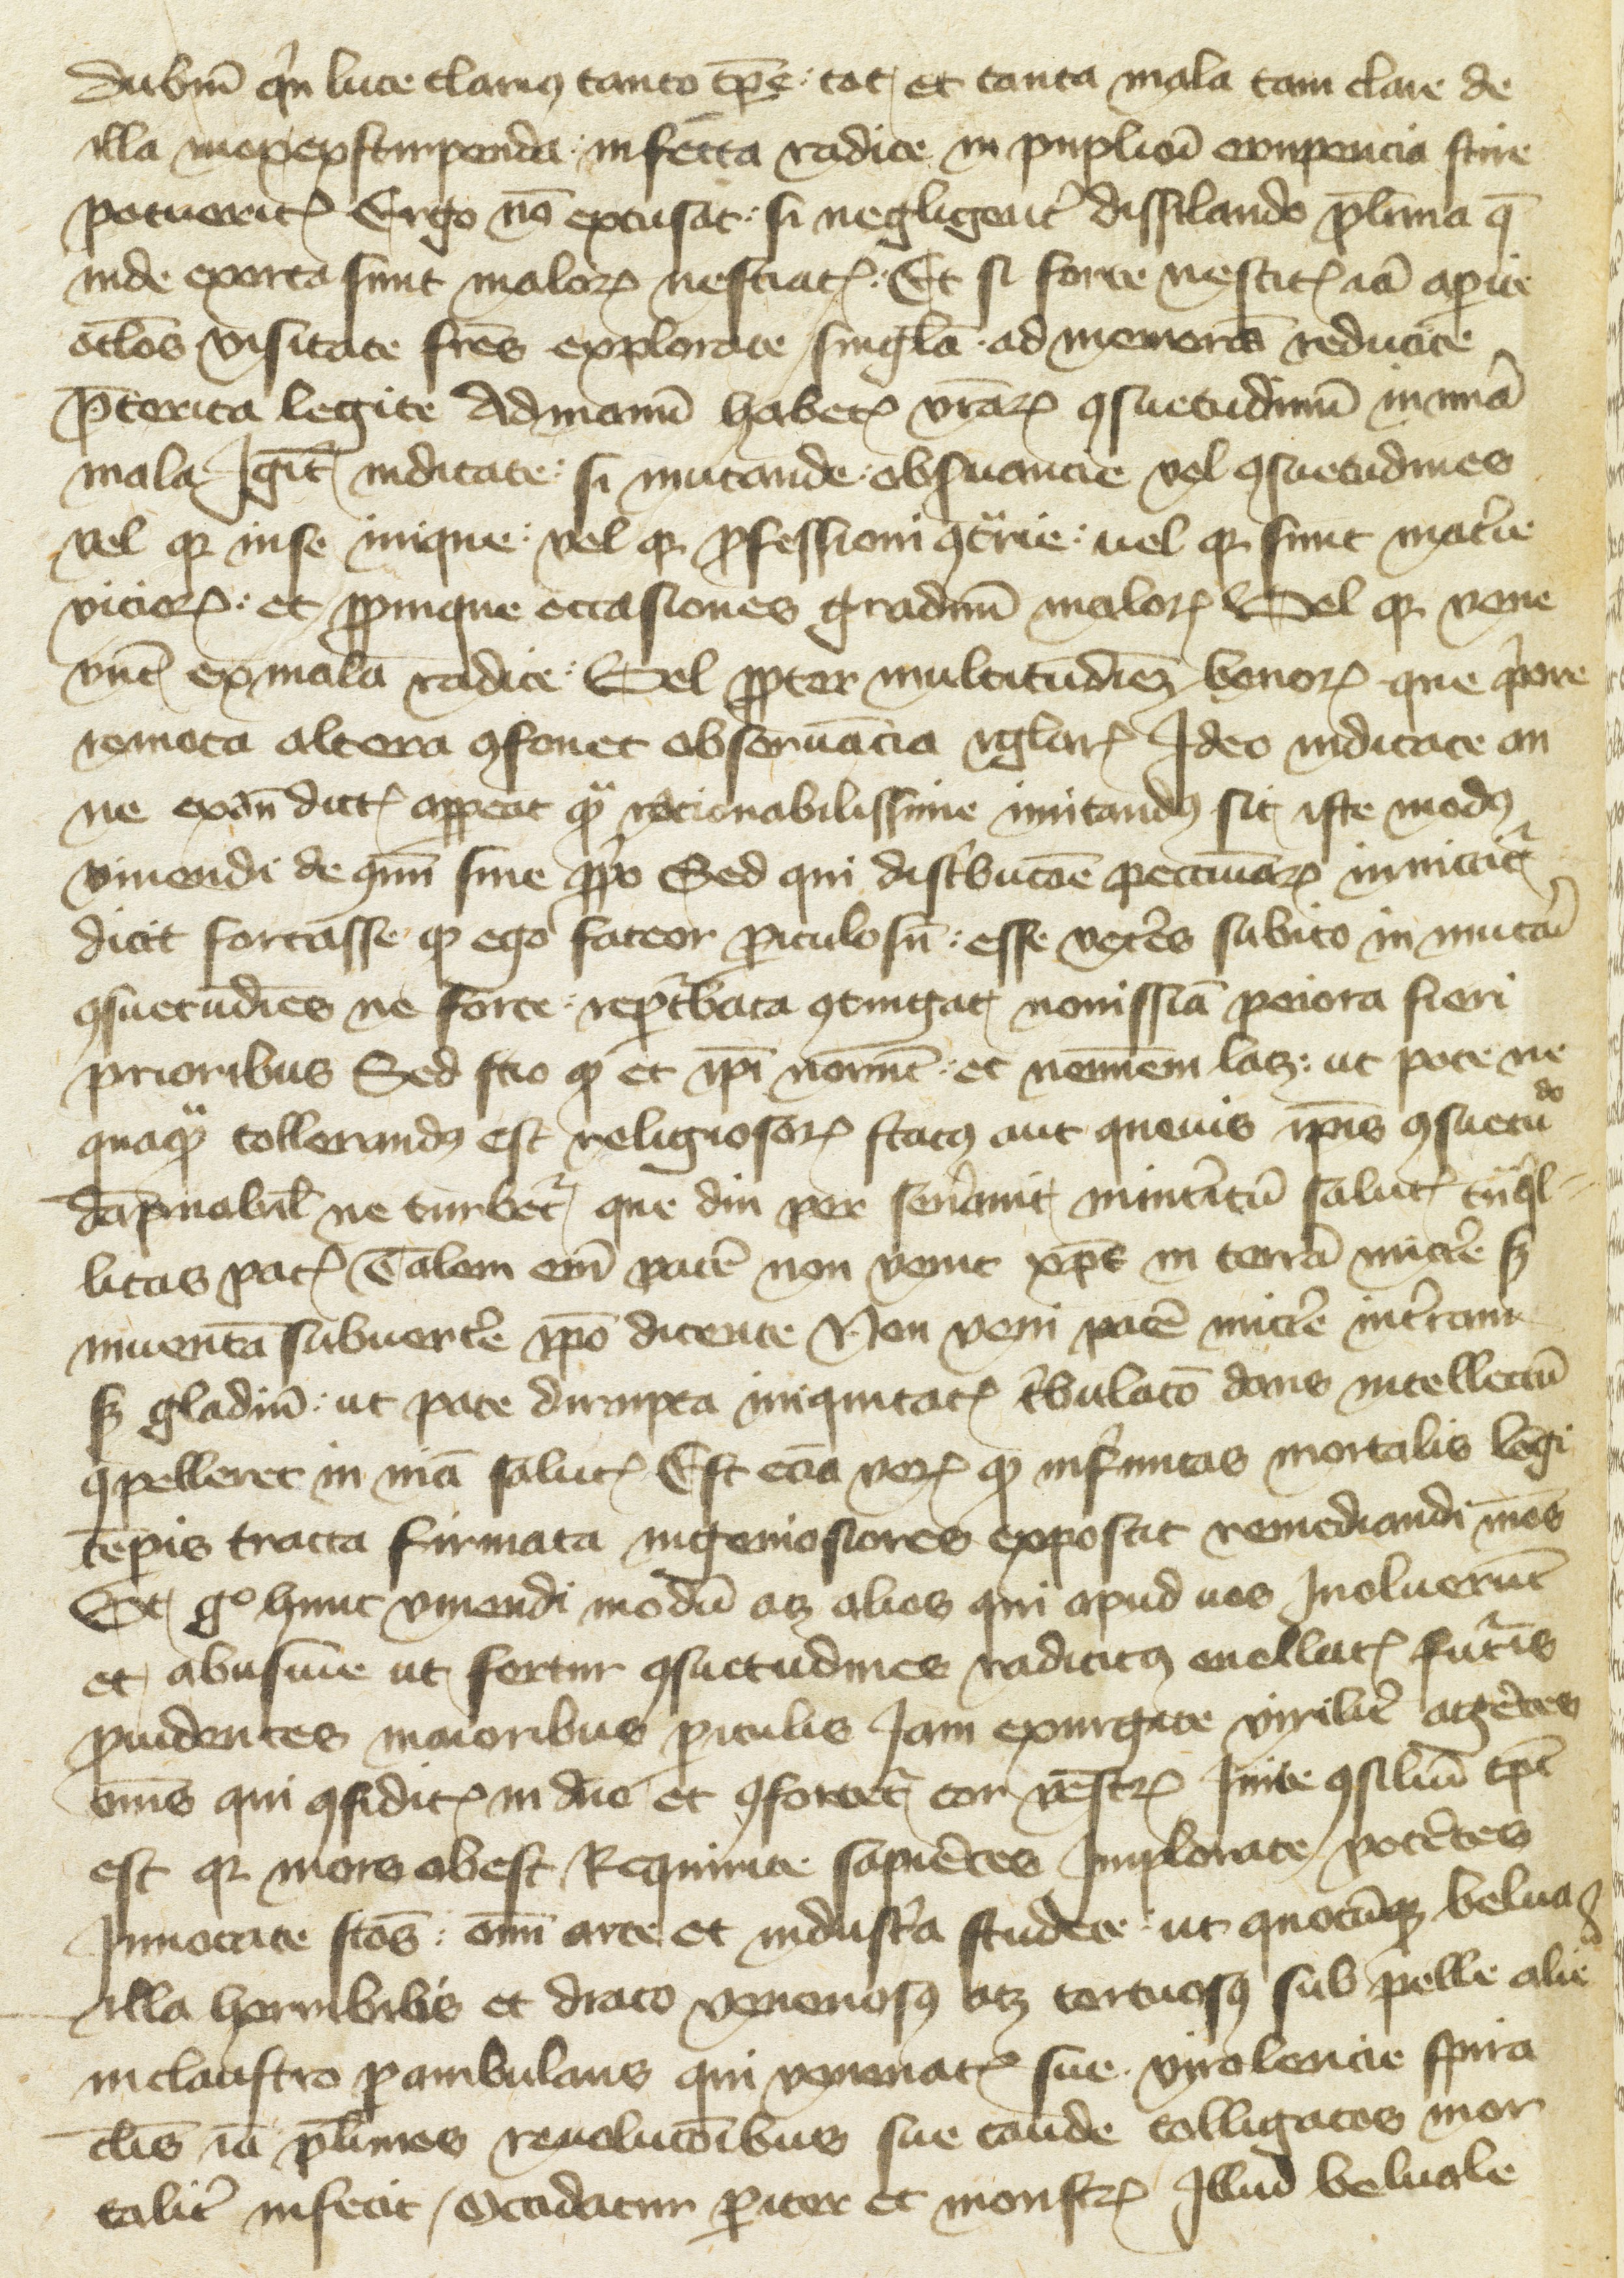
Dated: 1430–1430